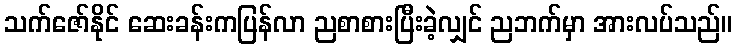
သက်ဇော်နိုင် ဆေးခန်းကပြန်လာ ညစာစားပြီးခဲ့လျှင် ညဘက်မှာ အားလပ်သည်။